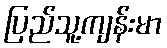
ပြည်သူ့ကျန်းမာ